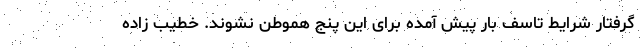
گرفتار شرایط تاسف بار پیش آمده برای این پنج هموطن نشوند. خطیب زاده